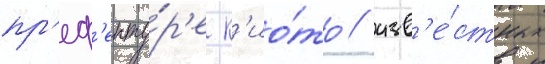
пр'еф'екту́р'е к'ио́то / изв'е́стных